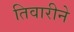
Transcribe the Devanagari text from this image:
तिवारीने